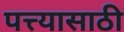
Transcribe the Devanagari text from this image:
पत्त्यासाठी